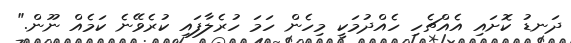
ދަނޑު ކޮށައި އެއްޗެހި ހެއްދުމަކީ މިހެން ހަމަ ހުރެލާފައި ކުރެވޭނެ ކަމެއް ނޫން."